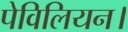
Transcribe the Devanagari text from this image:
पेविलियन।